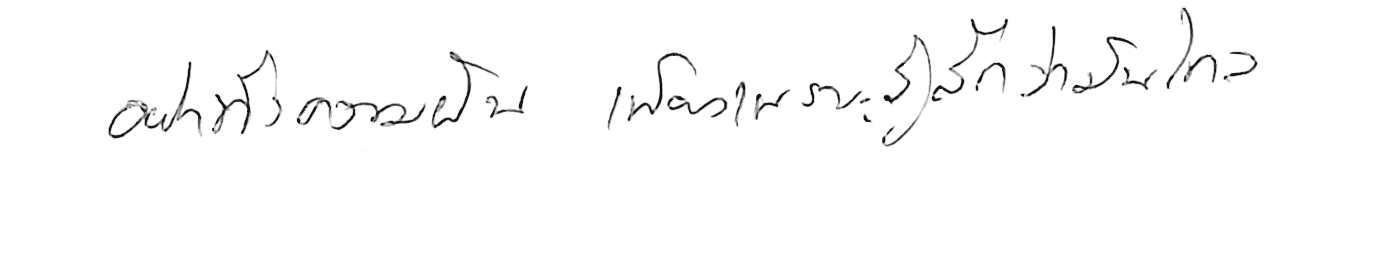
อย่าทิ้งความฝัน เพียงเพราะรู้สึกว่ามันไกล